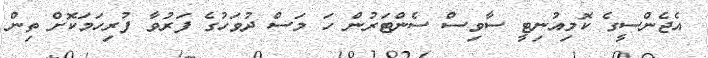
އެޖެންސީގެ ކޮމިއުނިޓީ ސާވިސް ސެންޓަރުން ހަ މަސް ދުވަހުގެ ފަރުވާ ފުރިހަމަކޮށް ތިން